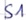
Text: S1